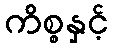
ကိစ္စနှင့်